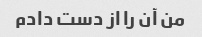
من آن را از دست دادم